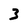
Character: 3